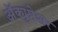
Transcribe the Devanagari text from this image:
अॅक्युप्रेशर